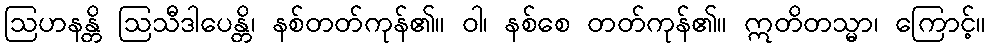
ဩဟနန္တိ ဩသီဒါပေန္တိ၊ နစ်တတ်ကုန်၏။ ဝါ၊ နစ်စေ တတ်ကုန်၏။ ဣတိတသ္မာ၊ ကြောင့်။